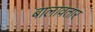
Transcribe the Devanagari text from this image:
बालावतार